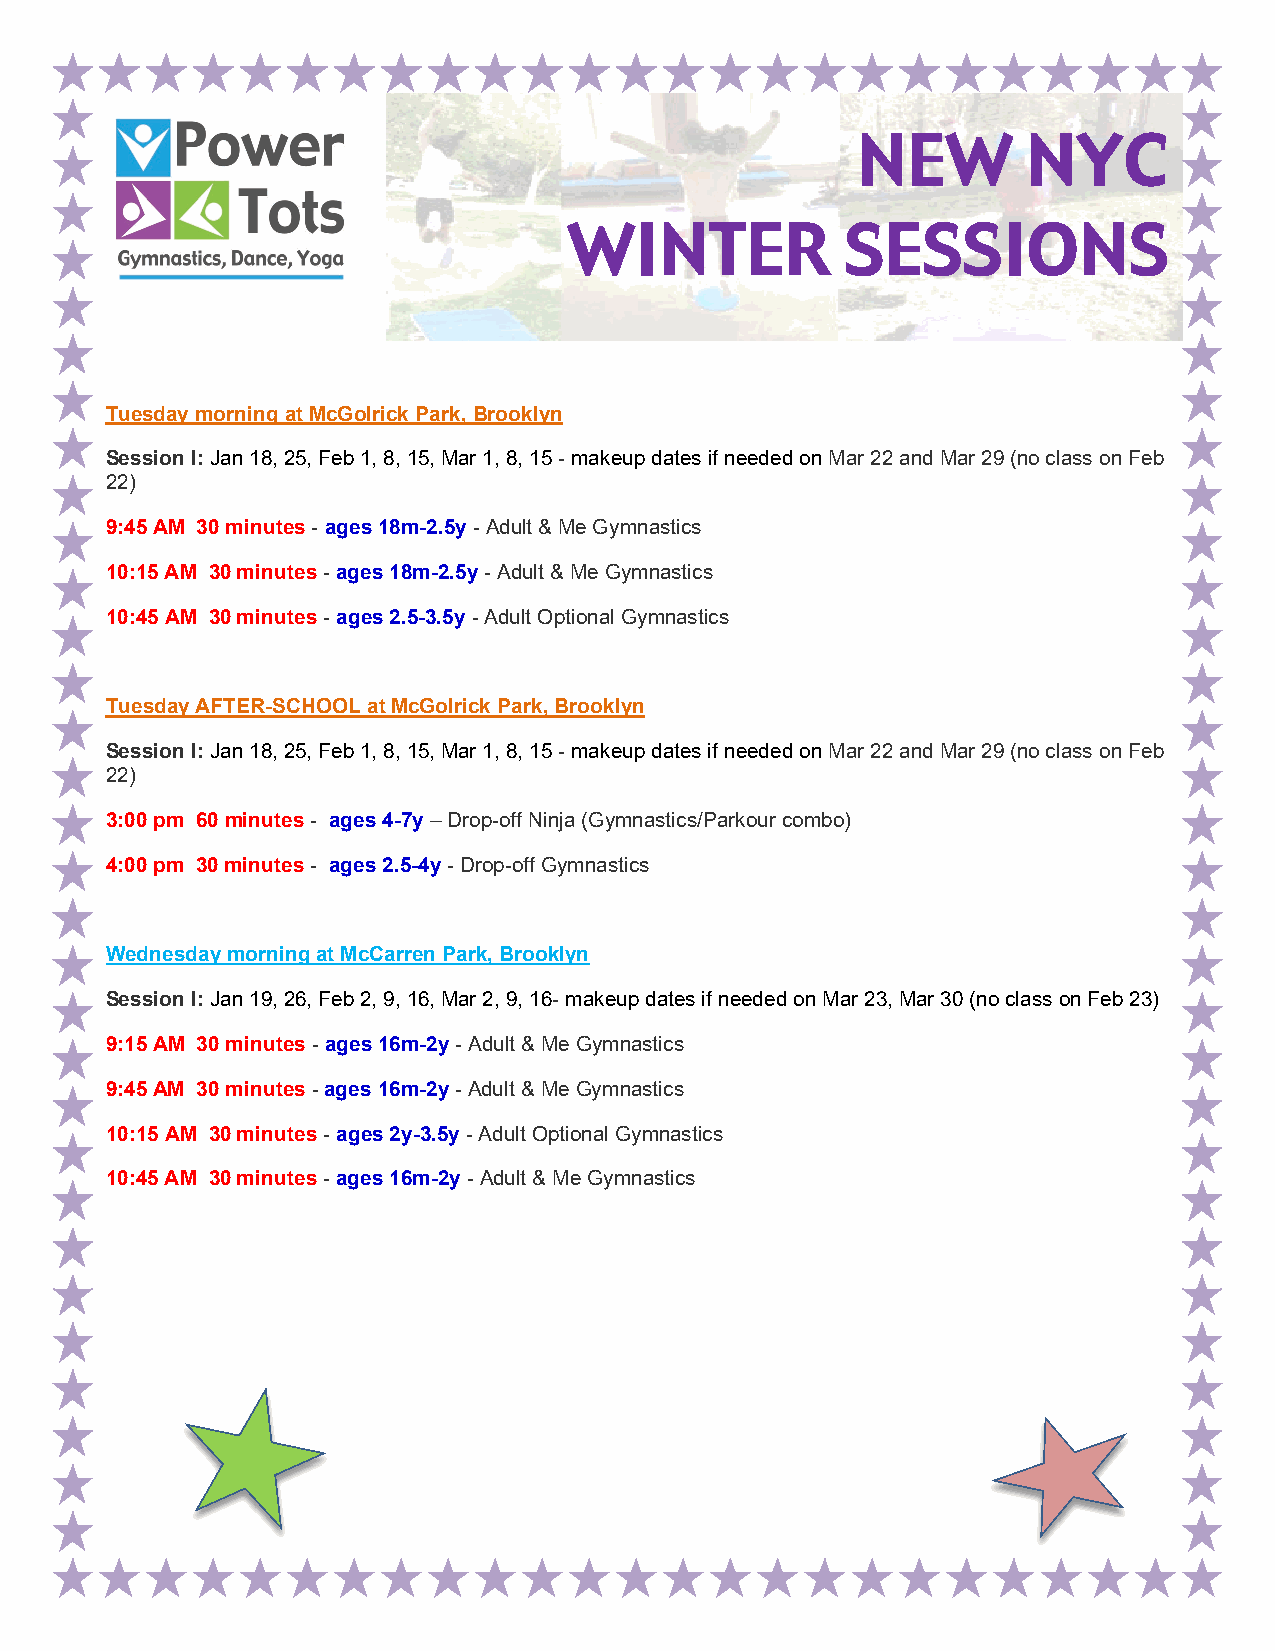
NEW        NYC
 WINTER            SESSIONS
 Tuesday morning at McGolrick Park, Brooklyn
 Session I: Jan 18, 25, Feb 1, 8, 15, Mar 1, 8, 15 - makeup dates if needed on Mar 22 and Mar 29 (no class on Feb
 22)
 9:45 AM 30 minutes - ages 18m-2.5y - Adult & Me Gymnastics
 10:15 AM 30 minutes - ages 18m-2.5y - Adult & Me Gymnastics
 10:45 AM 30 minutes - ages 2.5-3.5y - Adult Optional Gymnastics
 Tuesday AFTER-SCHOOL at McGolrick Park, Brooklyn
 Session I: Jan 18, 25, Feb 1, 8, 15, Mar 1, 8, 15 - makeup dates if needed on Mar 22 and Mar 29 (no class on Feb
 22)
 3:00 pm 60 minutes - ages 4-7y – Drop-off Ninja (Gymnastics/Parkour combo)
 4:00 pm 30 minutes - ages 2.5-4y - Drop-off Gymnastics
 Wednesday morning at McCarren Park, Brooklyn
 Session I: Jan 19, 26, Feb 2, 9, 16, Mar 2, 9, 16- makeup dates if needed on Mar 23, Mar 30 (no class on Feb 23)
 9:15 AM 30 minutes - ages 16m-2y - Adult & Me Gymnastics
 9:45 AM 30 minutes - ages 16m-2y - Adult & Me Gymnastics
 10:15 AM 30 minutes - ages 2y-3.5y - Adult Optional Gymnastics
 10:45 AM 30 minutes - ages 16m-2y - Adult & Me Gymnastics